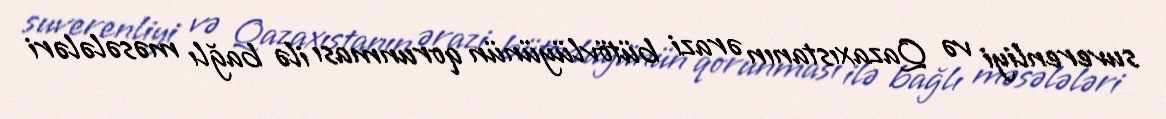
suverenliyi və Qazaxıstanın ərazi bütövlüyünün qorunması ilə bağlı məsələləri